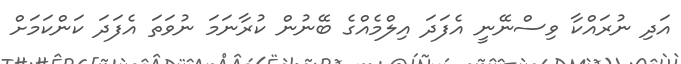
އަދި ނުރައްކާ ވިސްނޭނީ އެފަދަ އިލްމެއްގެ ބޭނުން ކުރާނަމަ ނުވަތަ އެފަދަ ކަންކަމަށް